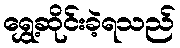
ရွှေ့ဆိုင်းခဲ့ရသည်